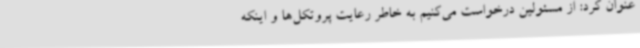
عنوان کرد: از مسئولین درخواست می‌کنیم به خاطر رعایت پروتکل‌ها و اینکه